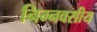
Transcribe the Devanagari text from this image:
निम्नवसीय